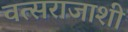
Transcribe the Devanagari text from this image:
वत्सराजाशी